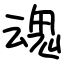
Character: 魂